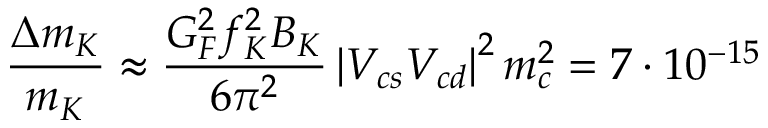
\frac { \Delta m _ { K } } { m _ { K } } \approx \frac { G _ { F } ^ { 2 } f _ { K } ^ { 2 } B _ { K } } { 6 \pi ^ { 2 } } \left| V _ { c s } V _ { c d } \right| ^ { 2 } m _ { c } ^ { 2 } = 7 \cdot 1 0 ^ { - 1 5 }